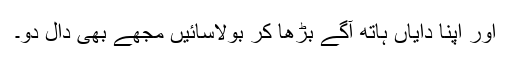
اور اپنا دایاں ہاتھ آگے بڑھا کر بولاسائیں مجھے بھی دال دو۔